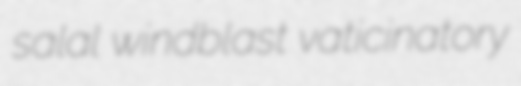
salal windblast vaticinatory